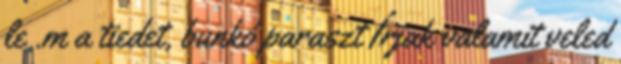
le .m a tiedet, bunkó paraszt Írjak valamit veled